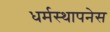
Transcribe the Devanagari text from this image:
धर्मस्थापनेस